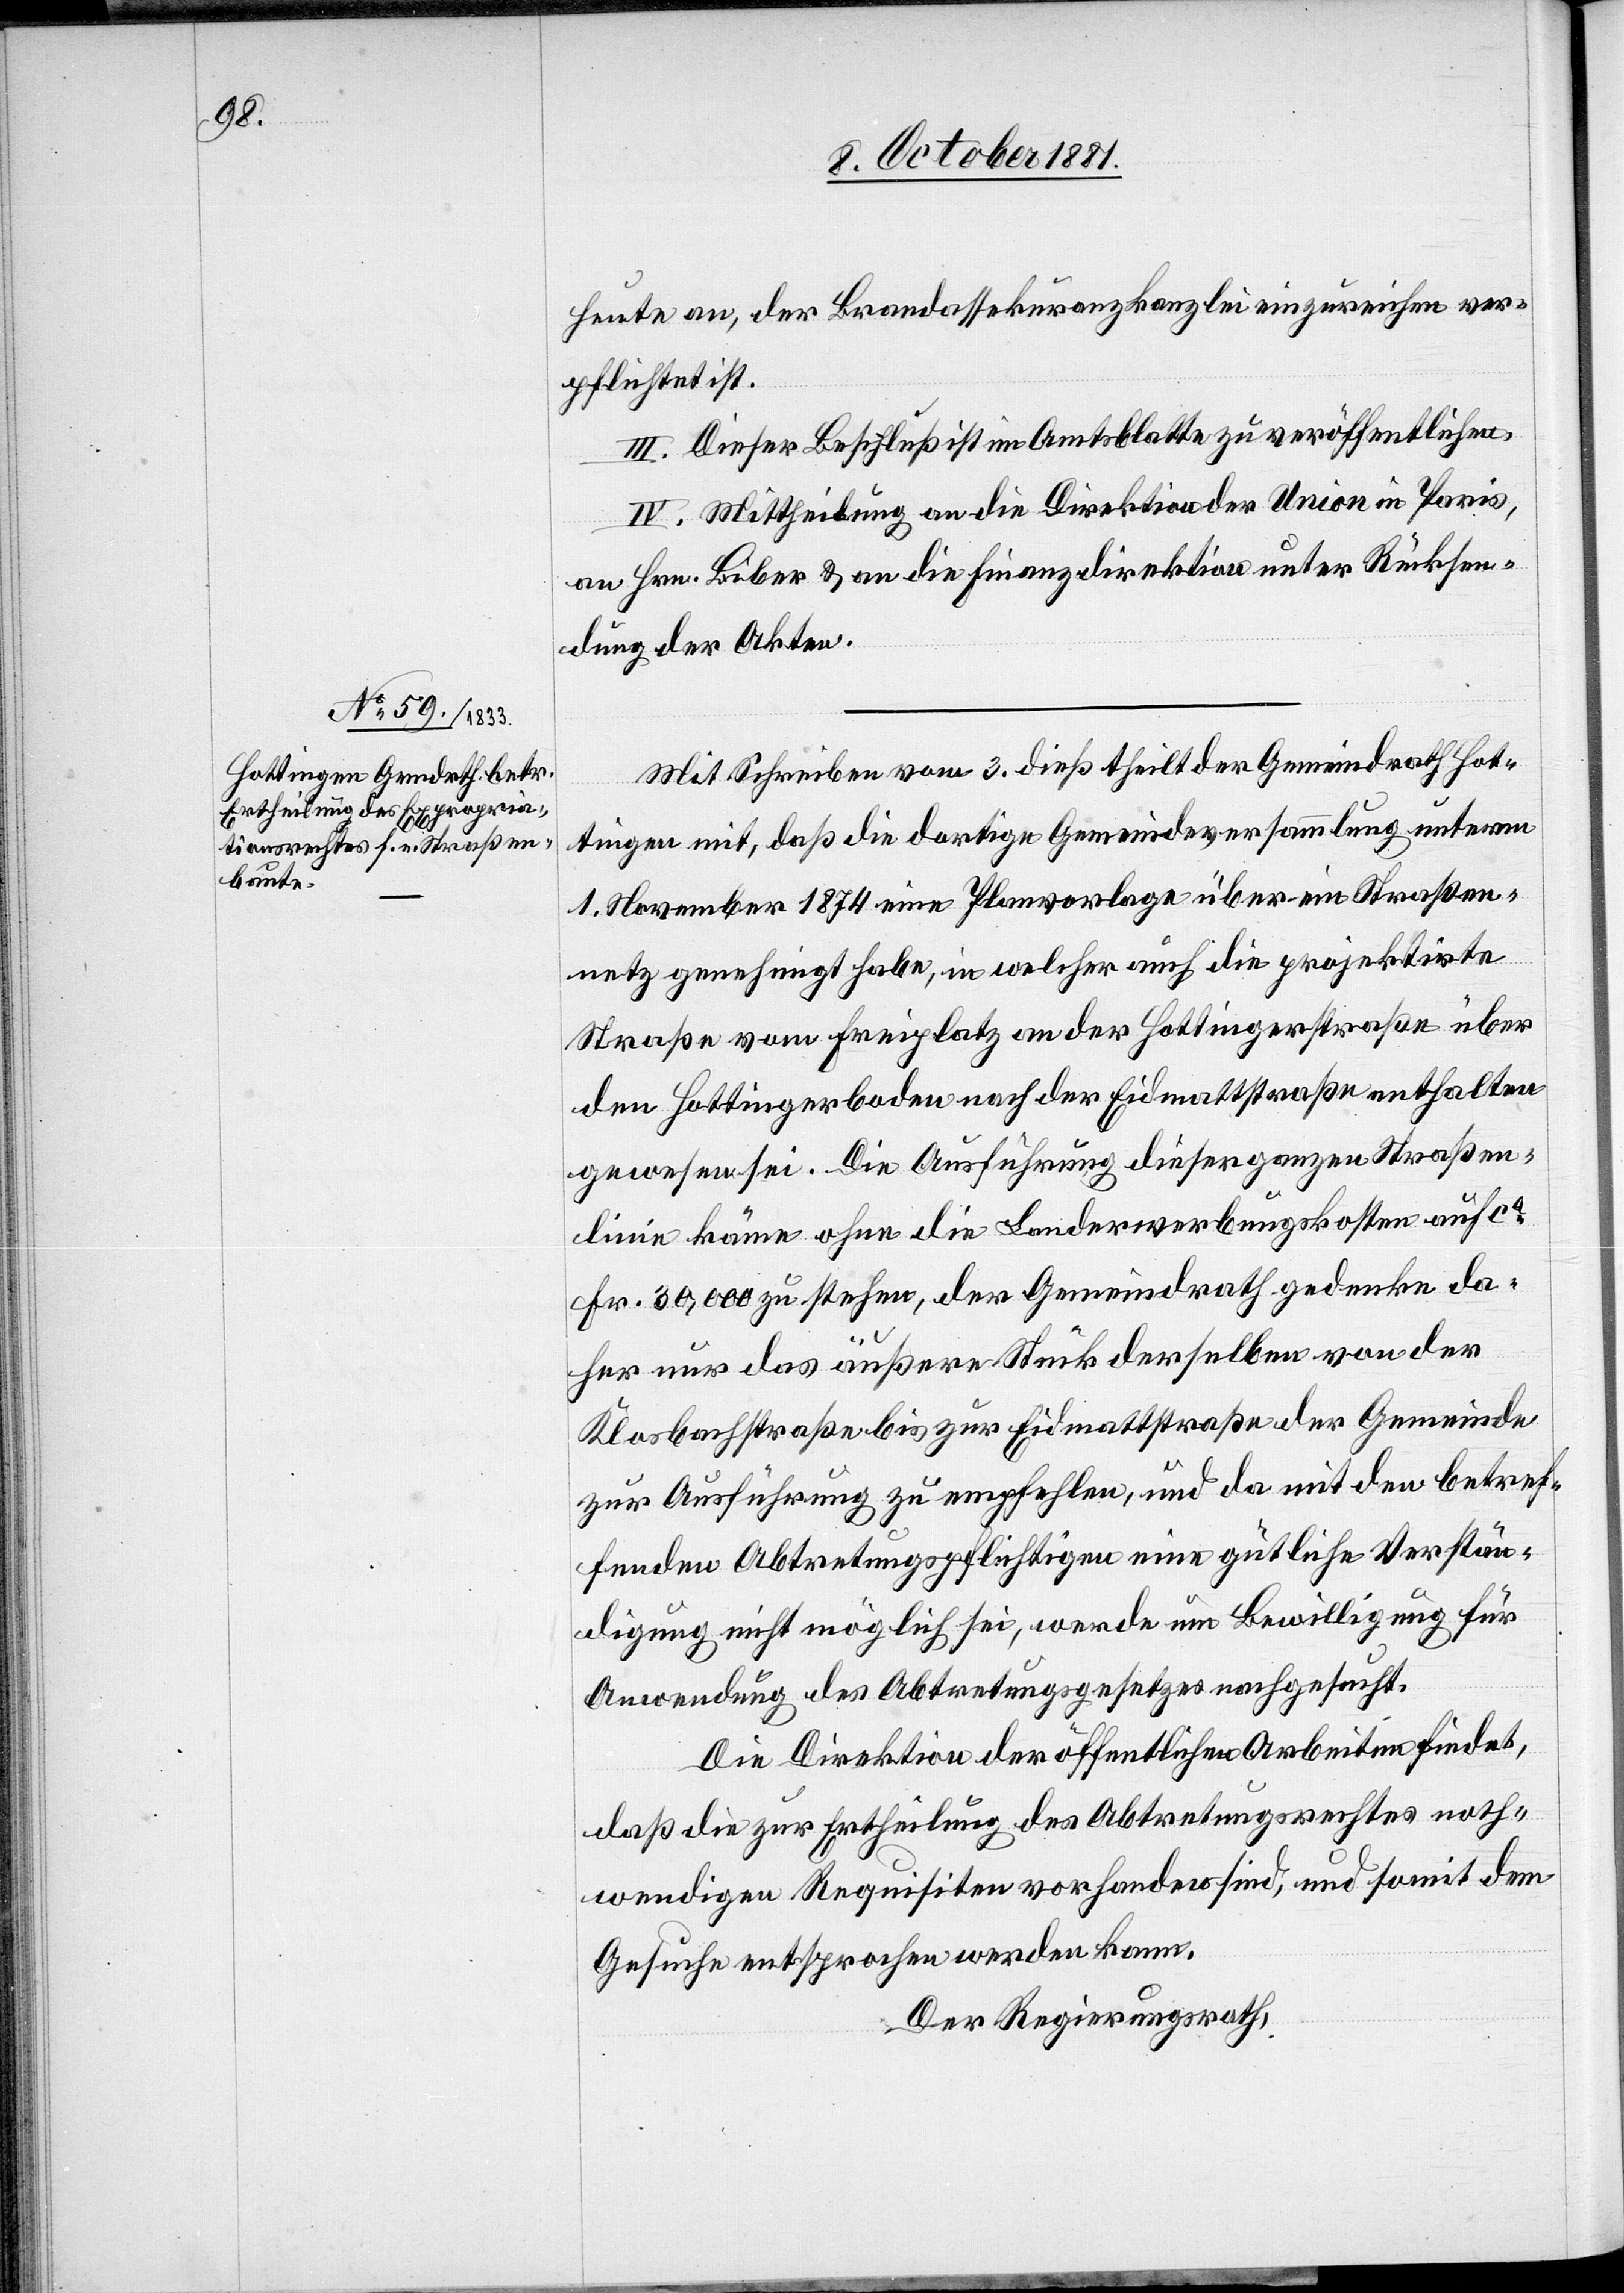
heute an, der Brandassekuranzkanzlei einzureichen ver¬
pflichtet ist.
III. Dieser Beschluß ist im Amtsblatte zu veröffentlichen.
IV. Mittheilung an die Direktion der Union in Paris,
an Hrn. Biber & an die Finanzdirektion unter Rücksen¬
dung der Akten.
Mit Schreiben vom 3. dieß theilt der Gemeindrath Hot¬
tingen mit, daß die dortige Gemeindeversammlung unterm
1. November 1874 eine Planvorlage über ein Straßen¬
netz genehmigt habe, in welcher auch die projektirte
Straße vom Freiplatz an der Hottingerstraße über
den Hottingerboden nach der Eidmattstraße enthalten
gewesen sei. Die Ausführung dieser ganzen Straßen¬
linie käme ohne die Landerwerbungskosten auf ca
Fr. 30,000 zu stehen, der Gemeindrath gedenke da¬
her nur das äußere Stück derselben von der
Klosbachstraße bis zur Eidmattstraße der Gemeinde
zur Ausführung zu empfehlen, und da mit den betref¬
fenden Abtretungspflichtigen eine gütliche Verstän¬
digung nicht möglich sei, werde um Bewilligung für
Anwendung des Abtretungsgesetzes nachgesucht.
Die Direktion der öffentlichen Arbeiten findet,
daß die zur Ertheilung des Abtretungsrechtes noth¬
wendigen Requisiten vorhanden sind, und somit dem
Gesuche entsprochen werden kann.
Der Regierungsrath,